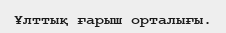
Ұлттық ғарыш орталығы.